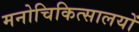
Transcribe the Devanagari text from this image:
मनोचिकित्सालयों